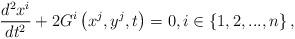
LaTeX: \begin{align*}\frac{d^{2}x^{i}}{dt^{2}}+2G^{i}\left( x^{j},y^{j},t\right) =0,i\in \left\{1,2,...,n\right\} , \end{align*}